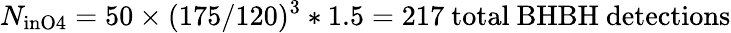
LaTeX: N_{\mathrm{{inO4}}}=50\times(175/120)^{3}*1.5=217\mathrm{{\ total\ BHBH\ detections}}